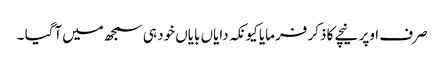
صرف اوپر نیچے کا ذکر فرمایا کیونکہ دایاں بایاں خود ہی سمجھ میں آگیا ۔